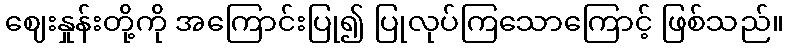
ဈေးနှုန်းတို့ကို အကြောင်းပြု၍ ပြုလုပ်ကြသောကြောင့် ဖြစ်သည်။